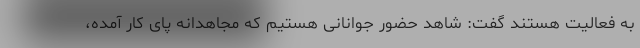
به فعالیت هستند گفت: شاهد حضور جوانانی هستیم که مجاهدانه پای کار آمده،